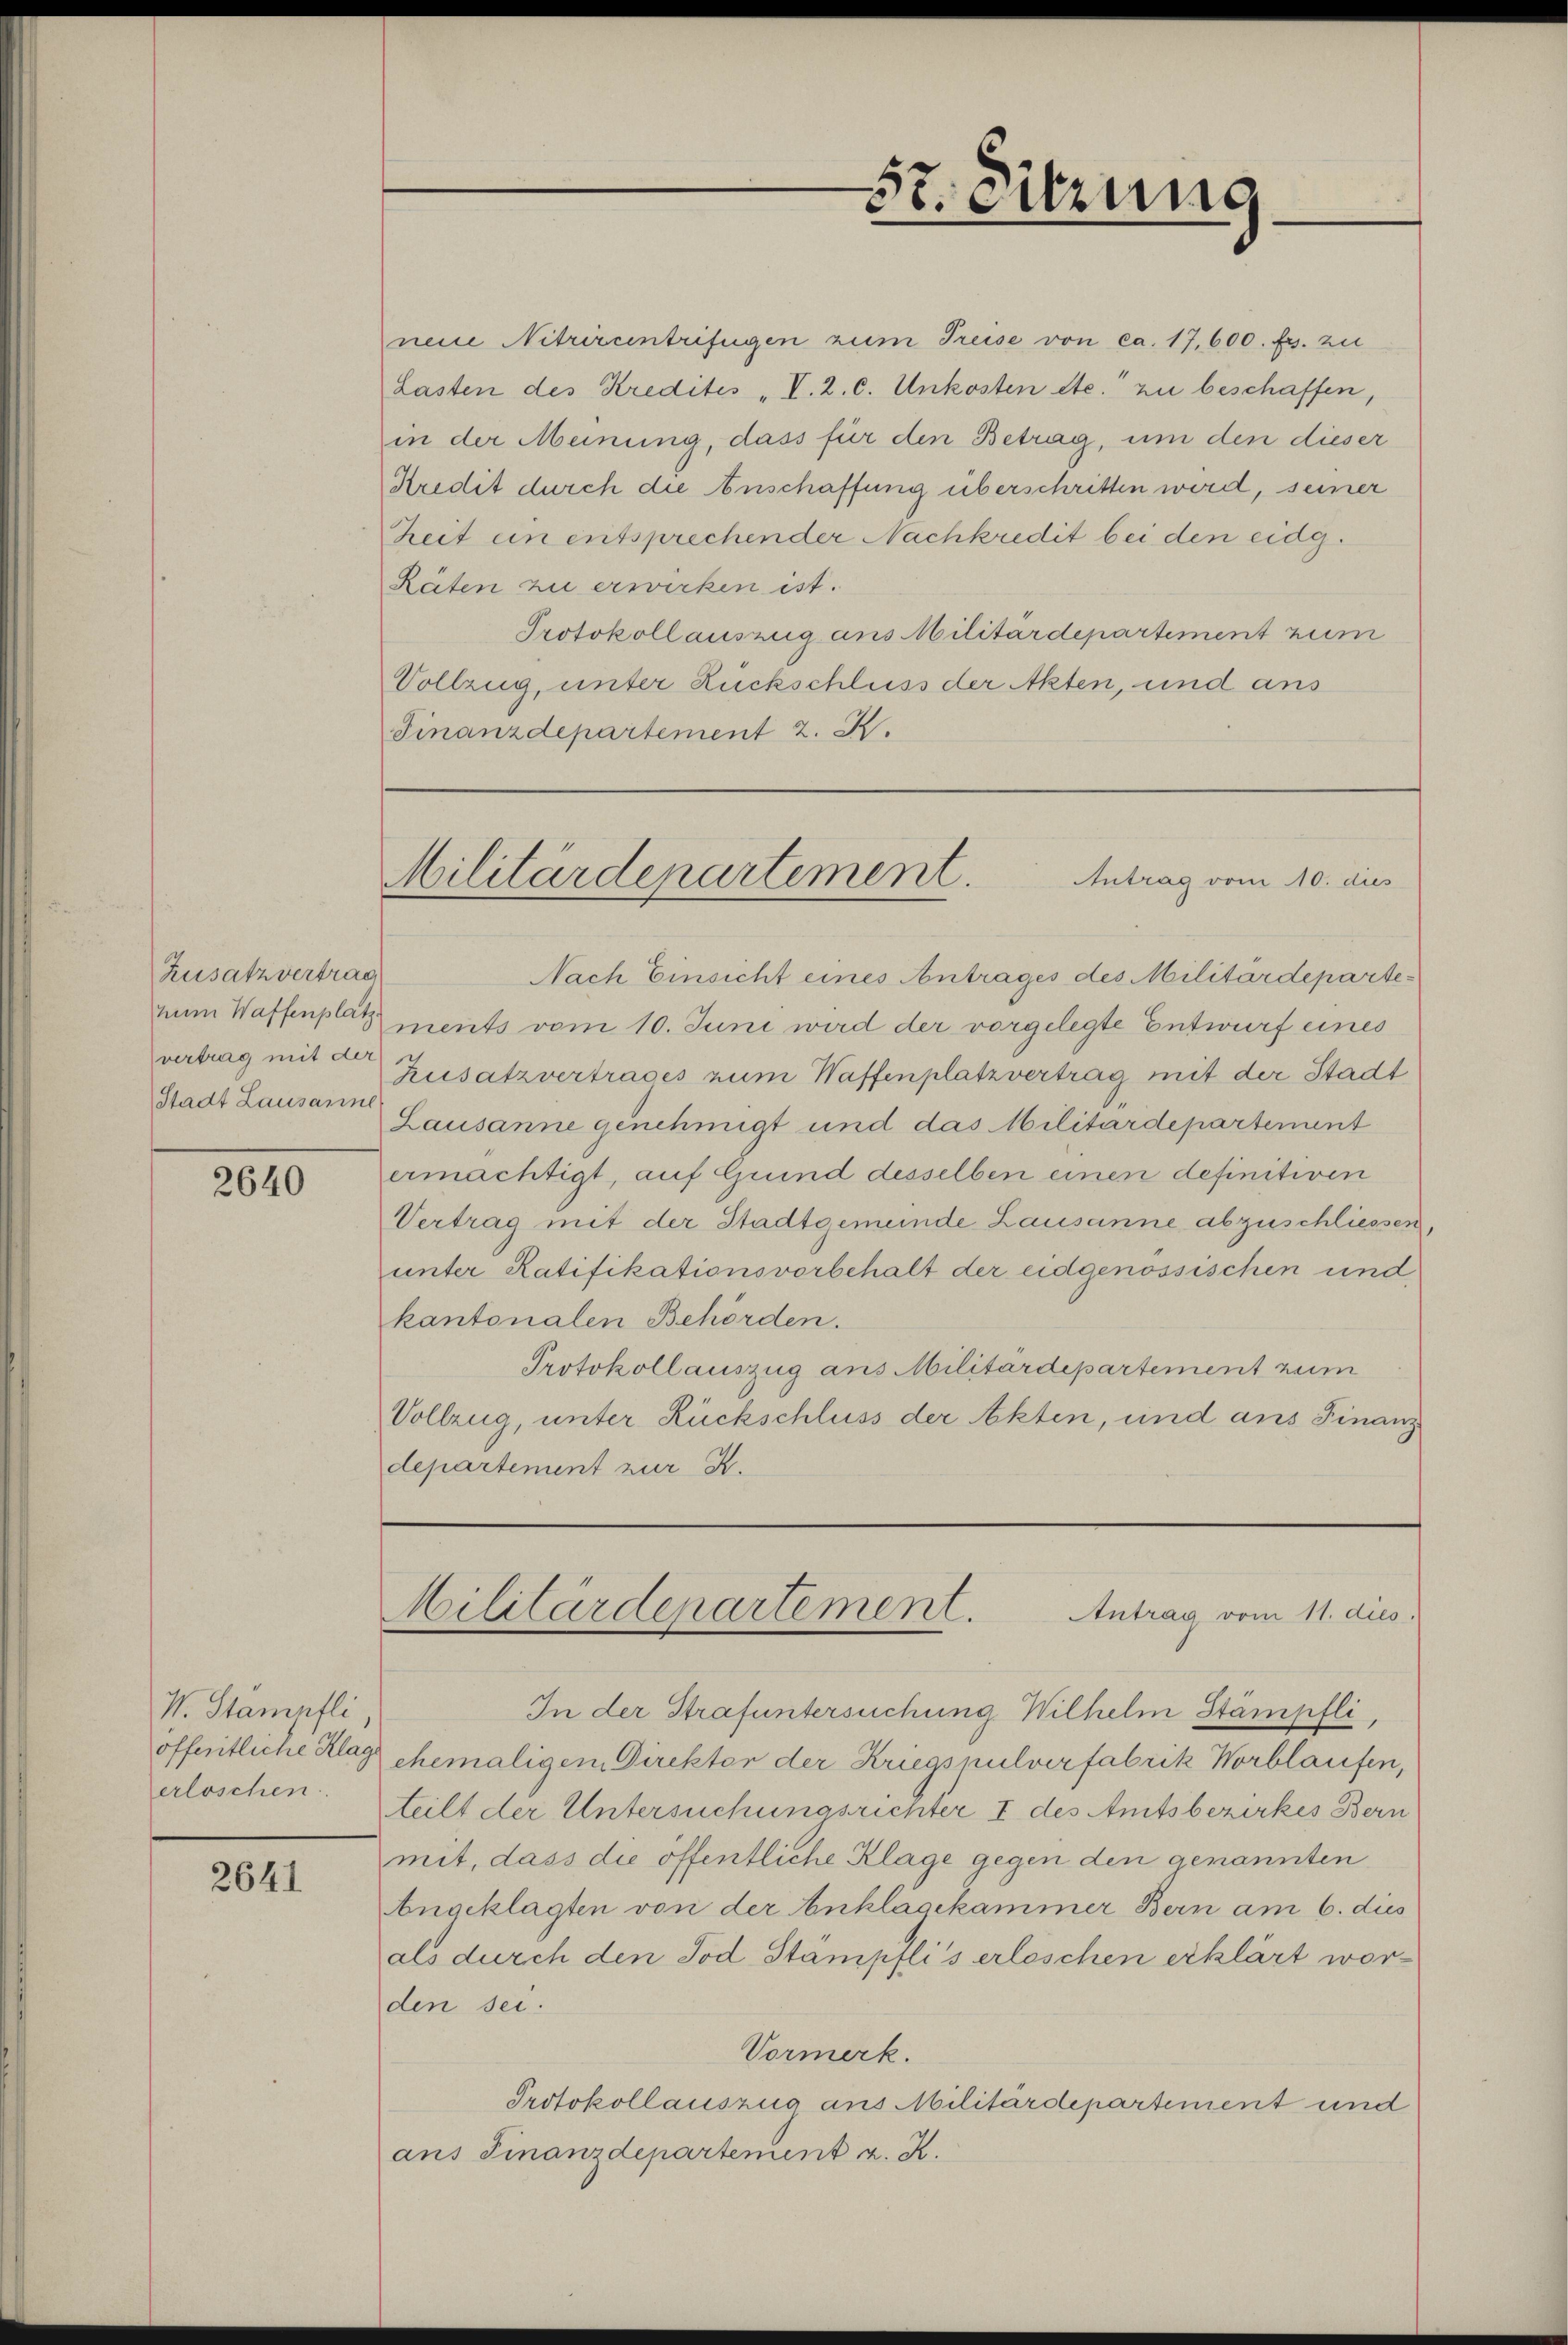
Zusatzvertrag
num Waffenplatz.
vertrag mit der
Stadt Lausanne

2640

W. Stampfli
erloschen.

2641

nene Nitrircentrifügen zum Treise von ca. 17,600. fs. zu
Lasten des Kredites „I. 2. C. Unkosten etc. zu beschaffen,
in der Meinung, dass für den Betrag, um den dieser
Kredit durch die Anschaffung überschritten wird, seiner
Zeit ein entsprechender Nachkredit bei den eidg.
Räten zu erwirken ist.
Protokollauszug aus Militärdepartement zum
Vollzug, unter Rückschluss der Akten, und aus
Finanzdepartement z. K.
Nach Einsicht eines Antrages des Militärdepartements vom 10. Juni wird der vorgelegte Entwurf eines
Zusatzvertrages zum Waffenplatzvertrag, mit der Stadt
Lausanne genehmigt und das Militärdepartement
ermächtigt, auf Grund desselben einen definitiven
Vertrag mit der Stadtgemeinde Lausanne abzuschliessen,
unter Ratifikationsvorbehalt der eidgenössischen und
kantonalen Behörden.
Protokollauszug aus Militärdepartement zum
Vollzug, unter Rückschluss der Akten, und ans Finanz
departement zur K.
Militärdepartement.
Antrag vom 11. dies
In der Strafuntersuchung Wilhelm Stämpfli
öffentliche Klage ehemaligem Direkter der Kriegsmulverfabrik Worblaufen,
teilt der Untersuchungsrichter I des Amtsbezirkes Bern
mit, dass die öffentliche Klage gegen den genannten
Angeklagten von der Anklagekammer Bern am 6. dies
als durch den Tod. Stämpfli's erloschen erklärt worden sei.
Vormerk.
Protokollauszug aus Militärdepartement und
ans Finanzdepartement a. R.

57. Sitzung

Militärdepartement.
ntrag vom 10. dies